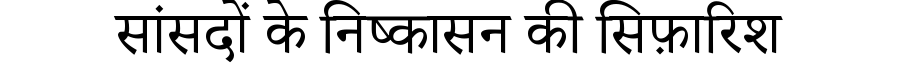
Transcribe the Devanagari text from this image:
सांसदों के निष्कासन की सिफ़ारिश